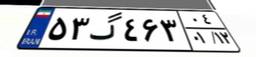
۵۳گ۴۶۳۰۴